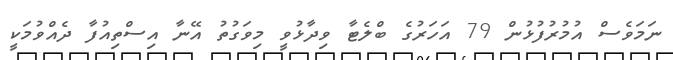
ނަމަވެސް އުމުރުފުޅުން 79 އަހަރުގެ ބްލެޓާ ވިދާޅުވީ މިވަގުތު އޭނާ އިސްތިއުފާ ދެއްވުމަކީ